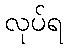
လုပ်ရ